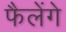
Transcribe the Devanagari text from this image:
फैलेंगे